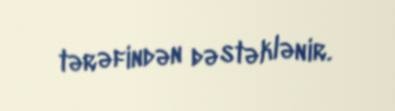
tərəfindən dəstəklənir.